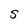
Character: S